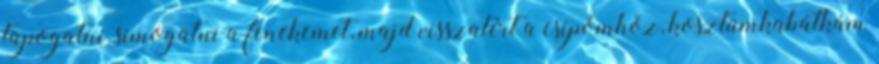
tapogatni, simogatni a fenekemet, majd visszatért a csípőmhöz, kosztümkabátkám